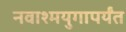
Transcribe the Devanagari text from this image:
नवाश्मयुगापर्यंत